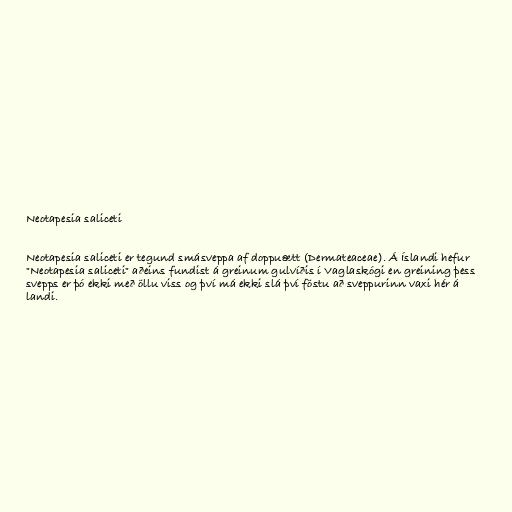
Neotapesia saliceti

Neotapesia saliceti er tegund smásveppa af doppuætt (Dermateaceae). Á Íslandi hefur
"Neotapesia saliceti" aðeins fundist á greinum gulvíðis í Vaglaskógi en greining þess
svepps er þó ekki með öllu viss og því má ekki slá því föstu að sveppurinn vaxi hér á
landi.